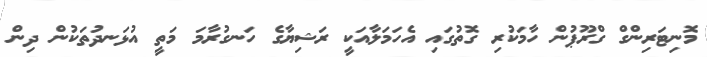
މޮނިޓަރިންގް ގްރޫޕުން ހާމަކުރި ގޮތުގައި އެހަމަލާއަކީ ރަޝިޔާގެ ހަނގުރާމަ މަތީ އުޅަނދުތަކުން ދިން